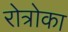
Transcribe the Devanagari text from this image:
रोत्रोका